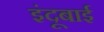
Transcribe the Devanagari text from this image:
इंदूबाई